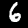
Label: 6